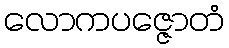
လောကပဇ္ဇောတံ